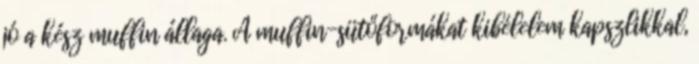
jó a kész muffin állaga. A muffin-sütőformákat kibélelem kapszlikkal,